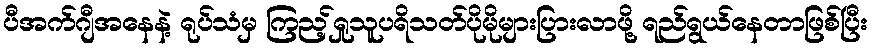
ပီအက်ဂျီအနေနဲ့ ရုပ်သံမှ ကြည့်ရှုသူပရိသတ်ပိုမိုများပြားလာဖို့ ရည်ရွယ်နေတာဖြစ်ပြီး